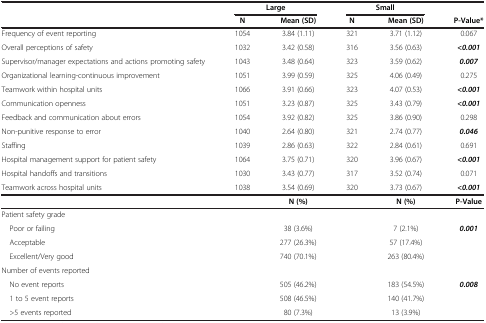
|  | <COLSPAN=2> Large | <COLSPAN=2> Small |  |
 |  | N | Mean (SD) | N | Mean (SD) | P-Value* |
 | --- | --- | --- | --- | --- | --- |
 | Frequency of event reporting | 1054 | 3.84 (1.11) | 321 | 3.71 (1.12) | 0.067 |
 | Overall perceptions of safety | 1032 | 3.42 (0.58) | 316 | 3.56 (0.63) | <0.001 |
 | Supervisor/manager expectations and actions promoting safety | 1043 | 3.48 (0.64) | 323 | 3.59 (0.62) | 0.007 |
 | Organizational learning-continuous improvement | 1051 | 3.99 (0.59) | 325 | 4.06 (0.49) | 0.275 |
 | Teamwork within hospital units | 1066 | 3.91 (0.66) | 323 | 4.07 (0.53) | <0.001 |
 | Communication openness | 1051 | 3.23 (0.87) | 325 | 3.43 (0.79) | <0.001 |
 | Feedback and communication about errors | 1054 | 3.92 (0.82) | 325 | 3.86 (0.90) | 0.298 |
 | Non-punitive response to error | 1040 | 2.64 (0.80) | 321 | 2.74 (0.77) | 0.046 |
 | Staffing | 1039 | 2.86 (0.63) | 322 | 2.84 (0.61) | 0.691 |
 | Hospital management support for patient safety | 1064 | 3.75 (0.71) | 320 | 3.96 (0.67) | <0.001 |
 | Hospital handoffs and transitions | 1030 | 3.43 (0.77) | 317 | 3.52 (0.74) | 0.071 |
 | Teamwork across hospital units | 1038 | 3.54 (0.69) | 320 | 3.73 (0.67) | <0.001 |
 |  |  | N (%) |  | N (%) | P-Value |
 | Patient safety grade |  |  |  |  |  |
 | Poor or failing |  | 38 (3.6%) |  | 7 (2.1%) | 0.001 |
 | Acceptable |  | 277 (26.3%) |  | 57 (17.4%) |  |
 | Excellent/Very good |  | 740 (70.1%) |  | 263 (80.4%) |  |
 | Number of events reported |  |  |  |  |  |
 | No event reports |  | 505 (46.2%) |  | 183 (54.5%) | 0.008 |
 | 1 to 5 event reports |  | 508 (46.5%) |  | 140 (41.7%) |  |
 | >5 events reported |  | 80 (7.3%) |  | 13 (3.9%) |  |